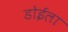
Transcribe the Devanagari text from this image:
डोईला